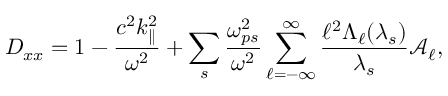
D _ { x x } = 1 - \frac { c ^ { 2 } k _ { \parallel } ^ { 2 } } { \omega ^ { 2 } } + \sum _ { s } \frac { \omega _ { p s } ^ { 2 } } { \omega ^ { 2 } } \sum _ { \ell = - \infty } ^ { \infty } \frac { \ell ^ { 2 } \Lambda _ { \ell } ( \lambda _ { s } ) } { \lambda _ { s } } \mathcal { A } _ { \ell } ,